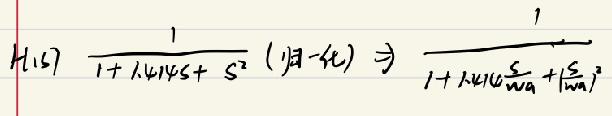
$H(s)\frac{1}{1 + 1.414s+ s^{2}}($归一化$)\Rightarrow\frac{1}{1 + 1.414\frac{s}{\omega_{n}}+(\frac{s}{\omega_{n}})^{2}}$